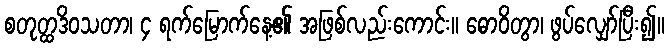
စတုတ္ထဒိဝသတာ၊ ၄ ရက်မြောက်နေ့၏ အဖြစ်လည်းကောင်း။ ဓောဝိတွာ၊ ဖွပ်လျှော်ပြီး၍။